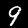
Digit: 9